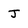
Character: J